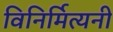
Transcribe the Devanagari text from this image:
विनिर्मित्यनी